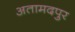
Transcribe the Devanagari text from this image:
अतामदपुर